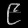
Digit: ၉